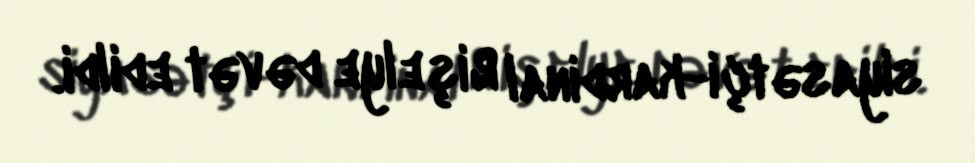
siyasətçi-kardinal Rişelye dəvət edildi.